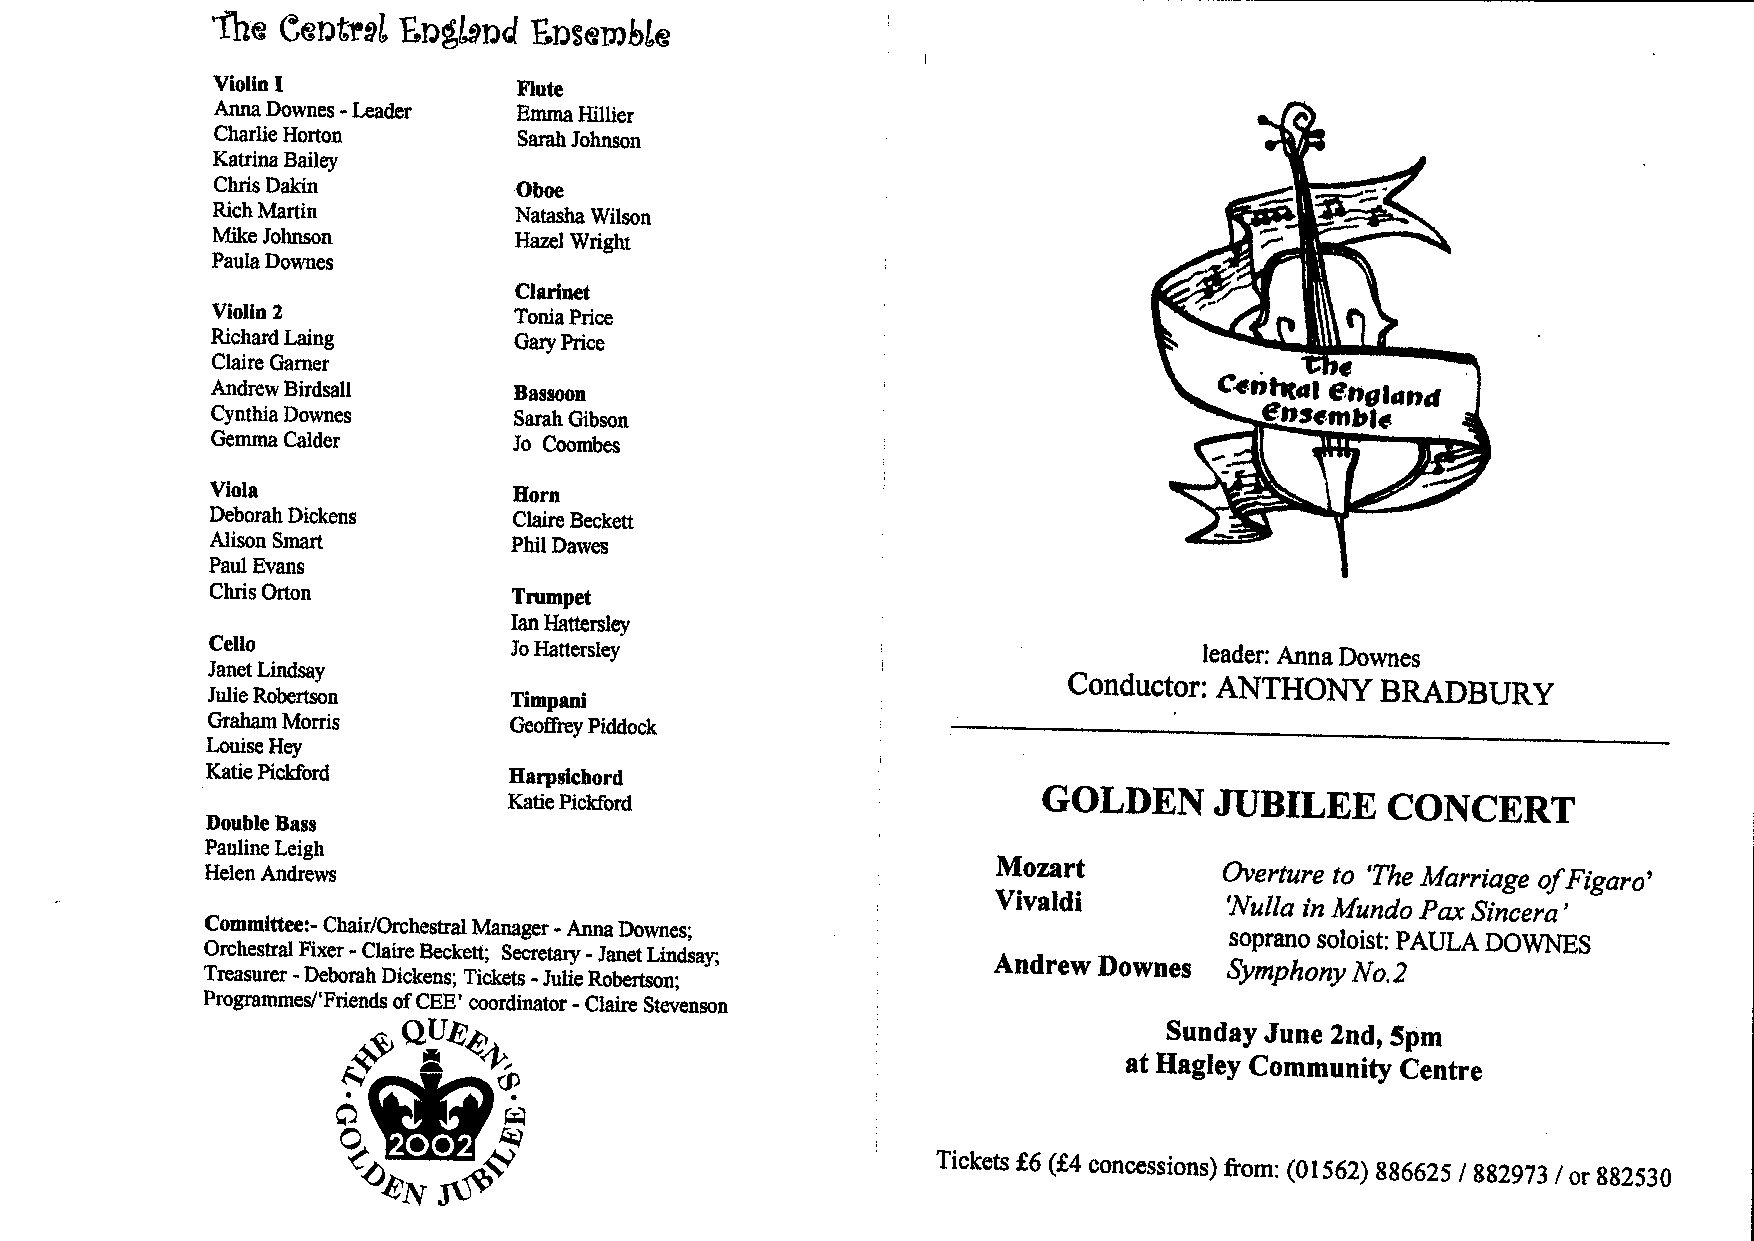
ln
 F€gggsg€Fggffg,fgss,EgFsE
 EgEEsgF
 +J e, EJ
 =6ff
 a,
 fgE*
 a +e 9-t
 -1
 q
 *aqE€
 6s
 c)
 r*t
 rG tI
 irl
 rL)
 EvH!-A#gH
 ta bE
 t;flr
 (t!
 s-3azz
 -(t
 *Er
 E€5,8$
 Fgg
 eF
 6Ffs
 tf
 -Hg
 gF$
 gg
 vr Q'
 EfpS 6EEg
 -a
 B
 fi
 a$
 a9
 i$E
 F{ .9
 -> H5.--5tal
 EE
 8
 EE
 \o $
 () o E
 hldE AEHg
 E
 A
 c;tr
 o
 :fr
 i-'
 EI
 H<
 E
 8*Fs
 6?.
 €
 b2
 F6l
 Ei
 iNE$
 E=
 -=o
 -
 <
 Fr{
 -
 =.s
 EC
 s
 _
 \t
 hJ
 P.S:6
 sE
 I
 l-
 9,
 =
 rGE
 Eb
 t H-l
 'i'+E
 b
 t E\l
 E
 P o
 ?
 $"^€'3tiEr
 5;.
 €:
 E
 gE
 !- A
 B&
 3
 S$H
 E.E
 s
 a o
 \ fr
 i/
 $.i
 $
 ca
 -F.
 €)
 o $o
 &
 Fi
 F^-E
 !
 H.'S baCf\li